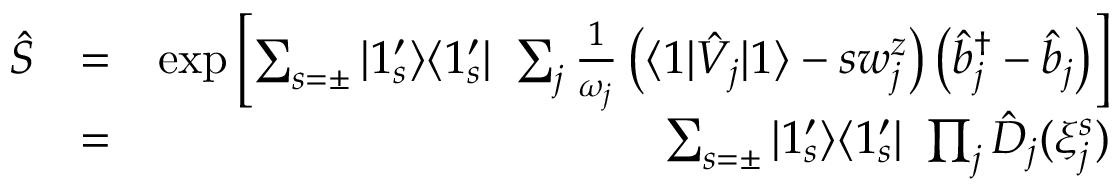
\begin{array} { r l r } { \hat { S } } & { = } & { \exp \left[ \sum _ { s = \pm } | 1 _ { s } ^ { \prime } \rangle \langle 1 _ { s } ^ { \prime } | \ \sum _ { j } \frac { 1 } { \omega _ { j } } \left( \langle 1 | \hat { V } _ { j } | 1 \rangle - s w _ { j } ^ { z } \right) \left( \hat { b } _ { j } ^ { \dagger } - \hat { b } _ { j } \right) \right] } \\ & { = } & { \sum _ { s = \pm } | 1 _ { s } ^ { \prime } \rangle \langle 1 _ { s } ^ { \prime } | \ \prod _ { j } \hat { D } _ { j } ( \xi _ { j } ^ { s } ) } \end{array}